Annual report of lunatic asylums [Bombay] - 1912-1922
Year: 1912
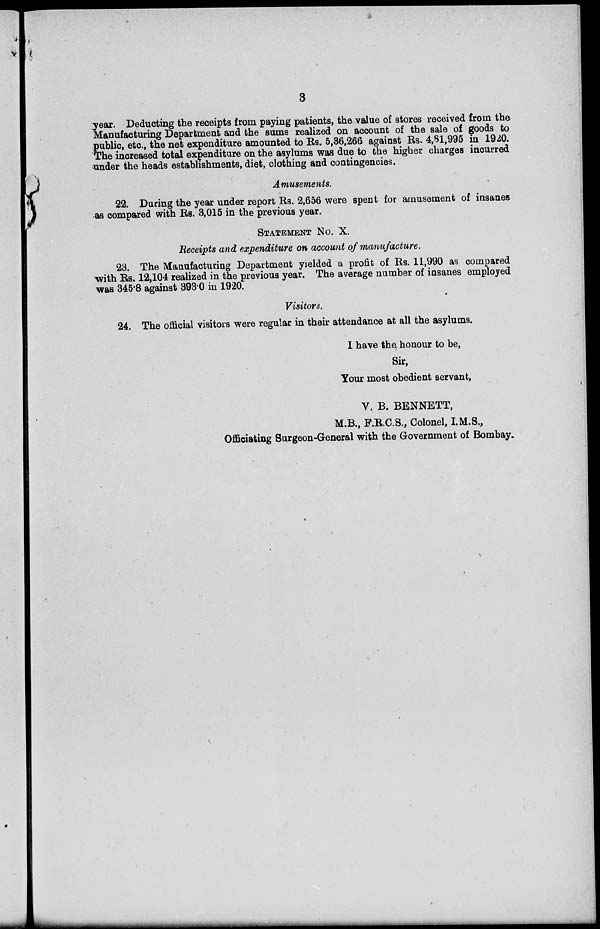
3
year. Deducting the receipts from paying patients, the value of stores received from the
Manufacturing Department and the sums realized on account of the sale of goods to
public, etc., the net expenditure amounted to Rs. 5,36,266 against Rs. 4,81,995 in 1920.
The increased total expenditure on the asylums was due to the higher charges incurred
under the heads establishments, diet, clothing and contingencies.
Amusements.
22. During the year under report Rs. 2,656 were spent for amusement of insanes
as compared with Rs. 3,015 in the previous year.
STATEMENT No. X.
Receipts and expenditure on account of manufacture.
23. The Manufacturing Department yielded a profit of Rs. 11,990 as compared
with Rs. 12,104 realized in the previous year. The average number of insanes employed
was 345.8 against 393.0 in 1920.
Visitors.
24. The official visitors were regular in their attendance at all the asylums.
I have the honour to be,
Sir,
Your most obedient servant,
V. B. BENNETT,
M.B., F.R.C.S., Colonel, I.M.S.,
Officiating Surgeon-General with the Government of Bombay.